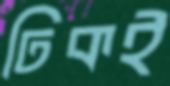
ঢিকই